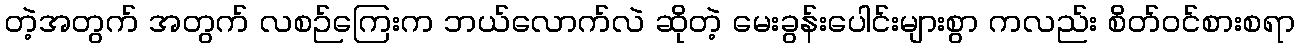
တဲ့အတွက် အတွက် လစဉ်ကြေးက ဘယ်လောက်လဲ ဆိုတဲ့ မေးခွန်းပေါင်းများစွာ ကလည်း စိတ်ဝင်စားစရာ